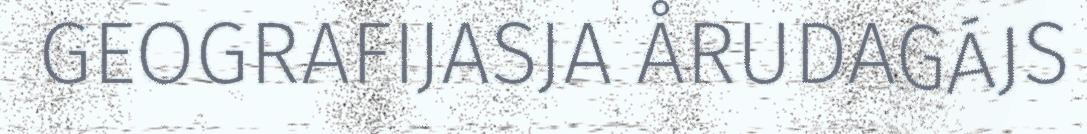
GEOGRAFIJASJA ÅRUDAGÁJS